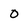
Character: 0